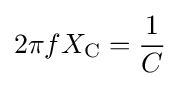
2\pi fX_{\text{C}}={\frac {1}{C}}